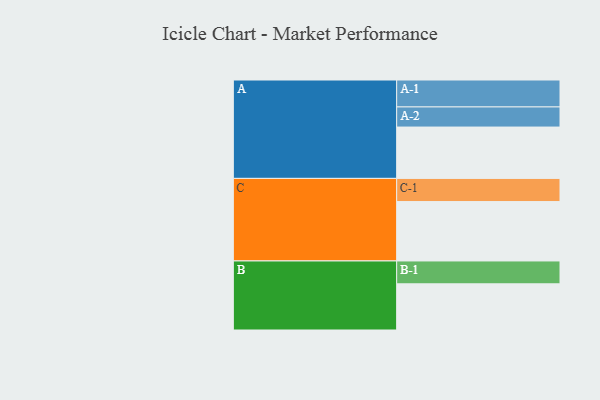
{"axis": {"x": "Segment", "y": "Value"}, "legend": ["", "A", "B", "C"], "data": [{"x": "A", "y": 467, "type": ""}, {"x": "B", "y": 420, "type": ""}, {"x": "C", "y": 540, "type": ""}, {"x": "A-1", "y": 245, "type": "A"}, {"x": "A-2", "y": 183, "type": "A"}, {"x": "B-1", "y": 208, "type": "B"}, {"x": "C-1", "y": 211, "type": "C"}]}